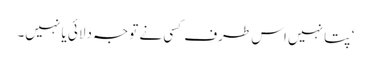
‘ پتا نہیں اس طرف کسی نے توجہ دلائی یا نہیں۔